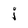
Character: j